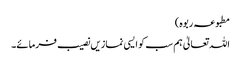
مطبوعہ ربوہ)
اللہ تعالیٰ ہم سب کو ایسی نمازیں نصیب فرمائے۔